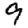
Digit: 9